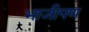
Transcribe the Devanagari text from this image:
भाजीपण